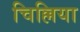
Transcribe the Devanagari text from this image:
चिल्लिया